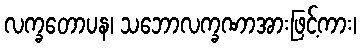
လက္ခတောပန၊ သဘောလက္ခဏာအားဖြင့်ကား၊